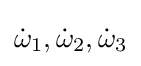
{\dot {\omega }}_{1},{\dot {\omega }}_{2},{\dot {\omega }}_{3}